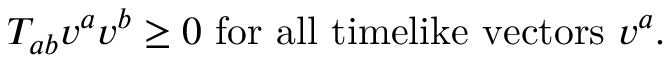
T _ { a b } v ^ { a } v ^ { b } \geq 0 \mathrm { ~ f o r ~ a l l ~ t i m e l i k e ~ v e c t o r s ~ } v ^ { a } .